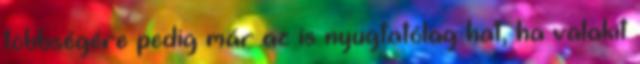
többségére pedig már az is nyugtatólag hat, ha valakit